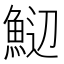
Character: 𬵑